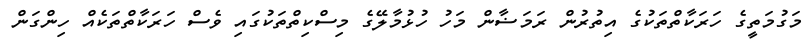
މަގުމަތީގެ ހަރަކާތްތަކުގެ އިތުރުން ރަމަޟާން މަހު ހުޅުމާލޭގެ މިސްކިތްތަކުގައި ވެސް ހަރަކާތްތަކެއް ހިންގަން